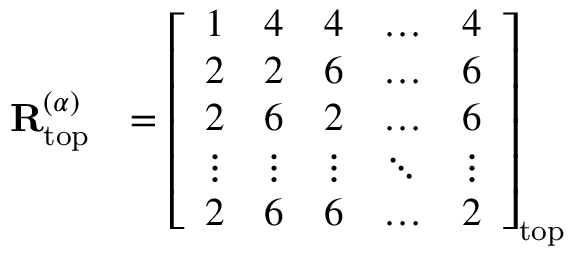
\begin{array} { r l } { \mathbf { R } _ { \mathrm { t o p } } ^ { ( \alpha ) } } & { = \left[ \begin{array} { l l l l l } { 1 } & { 4 } & { 4 } & { \dots } & { 4 } \\ { 2 } & { 2 } & { 6 } & { \dots } & { 6 } \\ { 2 } & { 6 } & { 2 } & { \dots } & { 6 } \\ { \vdots } & { \vdots } & { \vdots } & { \ddots } & { \vdots } \\ { 2 } & { 6 } & { 6 } & { \dots } & { 2 } \end{array} \right] _ { \mathrm { t o p } } } \end{array}